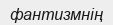
фантизмнің